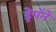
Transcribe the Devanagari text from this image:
ड्रेपॅने